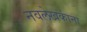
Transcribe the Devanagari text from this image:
नवलेखकांना